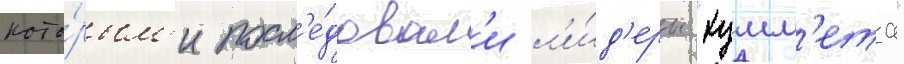
кото́рым'и посл'е́довал'и л'и́д'еры "хумм'ета"